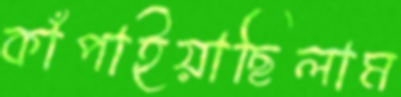
কাঁপাইয়াছিলাম